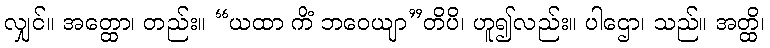
လျှင်။ အတ္ထော၊ တည်း။ “ယထာ ကိံ ဘဝေယျာ”တိပိ၊ ဟူ၍လည်း။ ပါဌော၊ သည်။ အတ္ထိ၊